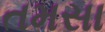
તમસા